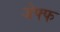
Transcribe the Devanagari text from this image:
जेफ्फ